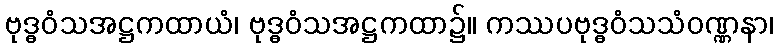
ဗုဒ္ဓဝံသအဋ္ဌကထာယံ၊ ဗုဒ္ဓဝံသအဋ္ဌကထာ၌။ ကဿပဗုဒ္ဓဝံသသံဝဏ္ဏနာ၊